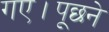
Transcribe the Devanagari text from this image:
गए।पूछने